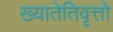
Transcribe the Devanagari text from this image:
ख्यातेतिवृत्तो